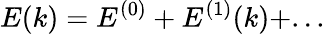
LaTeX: E(k)=E^{(0)}+E^{(1)}(k)+...